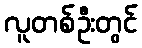
လူတစ်ဦးတွင်